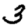
Digit: 3